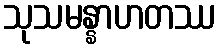
သုသမန္နာဟတဿ